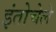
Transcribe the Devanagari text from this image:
इंतोचेले